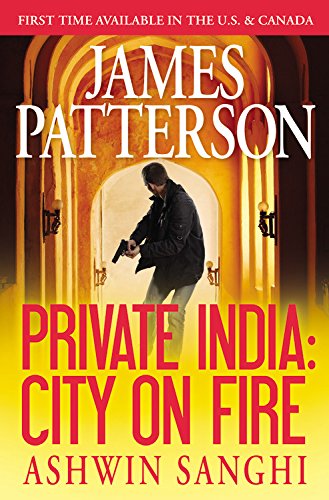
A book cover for Private India: City on Fire (Jack Morgan Series); James Patterson; Mystery, Thriller & Suspense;